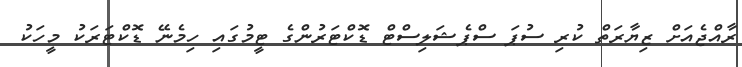
ރާއްޖެއަށް ޒިޔާރަތް ކުރި ސުޕަ ސްޕެޝަލިސްޓް ޑޮކްޓަރުންގެ ޓީމުގައި ހިމެނޭ ޑޮކްޓަރަކު މީހަކު